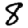
Digit: 8